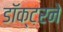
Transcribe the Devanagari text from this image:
डॉक्‍टरने